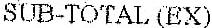
SUB-TOTAL (EX)